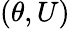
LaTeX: (\theta,U)